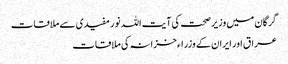
گرگان میں وزیر صحت کی آیت اللہ نور مفیدی سے ملاقات
عراق اور ایران کے وزراء خزانہ کی ملاقات